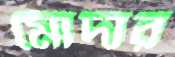
মোদার